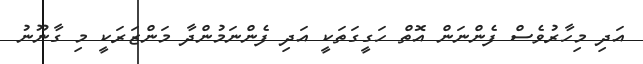
އަދި މިހާރުވެސް ފެންނަން އޮތް ހަގީގަތަކީ އަދި ފެންނަމުންދާ މަންޒަރަކީ މި ގާނޫނު